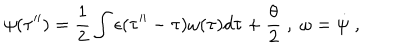
LaTeX: \psi ( \tau ^ { \prime \prime } ) = \frac { 1 } { 2 } \int \epsilon ( \tau ^ { \prime \prime } - \tau ) \omega ( \tau ) d \tau + \frac { \theta } { 2 } \; , \; \omega = { \dot { \psi } } \; ,